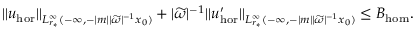
| | u _ { \mathrm { h o r } } | | _ { L _ { r _ { * } } ^ { \infty } ( - \infty , - | m | | \widetilde { \omega } | ^ { - 1 } x _ { 0 } ) } + | \widetilde { \omega } | ^ { - 1 } | | u _ { \mathrm { h o r } } ^ { \prime } | | _ { L _ { r _ { * } } ^ { \infty } ( - \infty , - | m | | \widetilde { \omega } | ^ { - 1 } x _ { 0 } ) } \leq B _ { \mathrm { h o m } } .